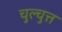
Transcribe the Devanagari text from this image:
चुल्चुत्त